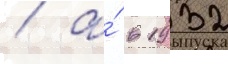
/ а́ в 1932